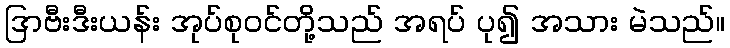
ဒြာဗီးဒီးယန်း အုပ်စုဝင်တို့သည် အရပ် ပု၍ အသား မဲသည်။